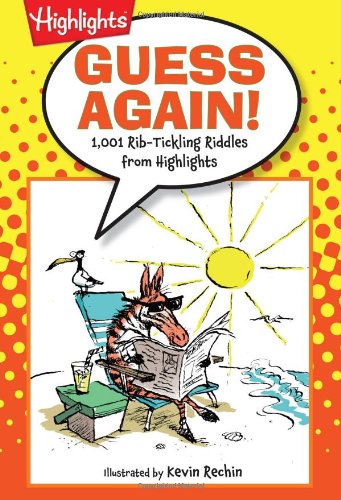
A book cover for Guess Again!: 1,001 Rib-Tickling Riddles from Highlights (Laugh Attack!); Highlights for Children; Children's Books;